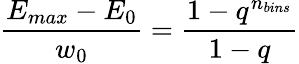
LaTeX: \frac{E_{max}-E_{0}}{w_{0}}=\frac{1-q^{n_{bins}}}{1-q}